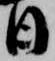
日